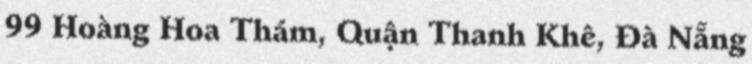
99 Hoàng Hoa Thám, Quận Thanh Khê, Đà Nẵng